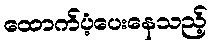
ထောက်ပံ့ပေးနေသည့်